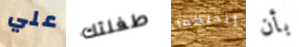
علي طفلتك ألديكما بأن